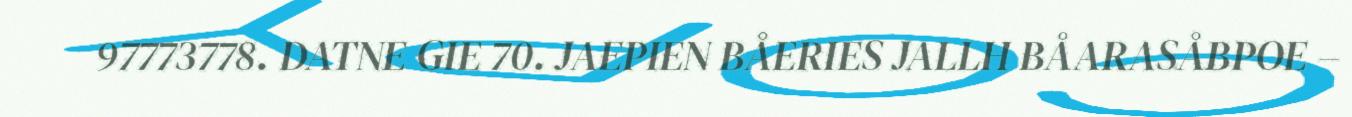
97773778. DATNE GIE 70. JAEPIEN BÅERIES JALLH BÅARASÅBPOE –